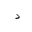
Letter: _dal